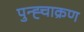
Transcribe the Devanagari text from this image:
पुन्ह्चाक्रण